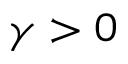
\gamma > 0